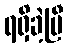
ရရှိခဲ့ပြီ